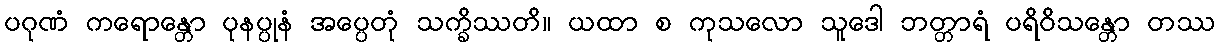
ပဂုဏံ ကရောန္တော ပုနပ္ပုနံ အပ္ပေတုံ သက္ခိဿတိ။ ယထာ စ ကုသလော သူဒေါ ဘတ္တာရံ ပရိဝိသန္တော တဿ